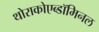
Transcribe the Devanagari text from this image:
थोराकोएब्डॉमिनल